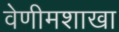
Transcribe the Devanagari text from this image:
वेणीमशाखा